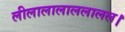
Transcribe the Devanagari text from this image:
लीलालालाललालल।